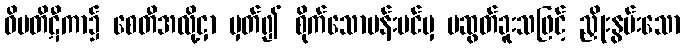
ဝိမတိဋီကာ၌ စေတီအလို့ငှာ မှတ်၍ စိုက်သောပန်းပင်မှ မဆွတ်ခူးသဖြင့် ညှိုးနွမ်းသော